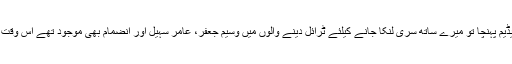
انڈر نائنٹین کے ٹرائل دینے قذافی سٹیڈیم پہنچا تو میرے ساتھ سری لنکا جانے کیلئے ٹرائل دینے والوں میں وسیم جعفر، عامر سہیل اور انضمام بھی موجود تھے اس وقت وہ بھی میری طرح امیدوار ہی تھے۔